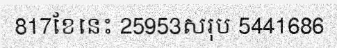
817ខែនេះ 25953សរុប 5441686